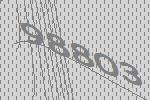
98803